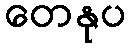
တေနုပ